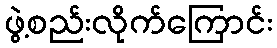
ဖွဲ့စည်းလိုက်ကြောင်း